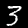
Label: 3